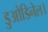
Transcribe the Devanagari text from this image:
डुओडिनेल।